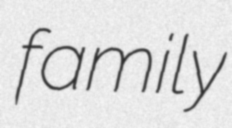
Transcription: family